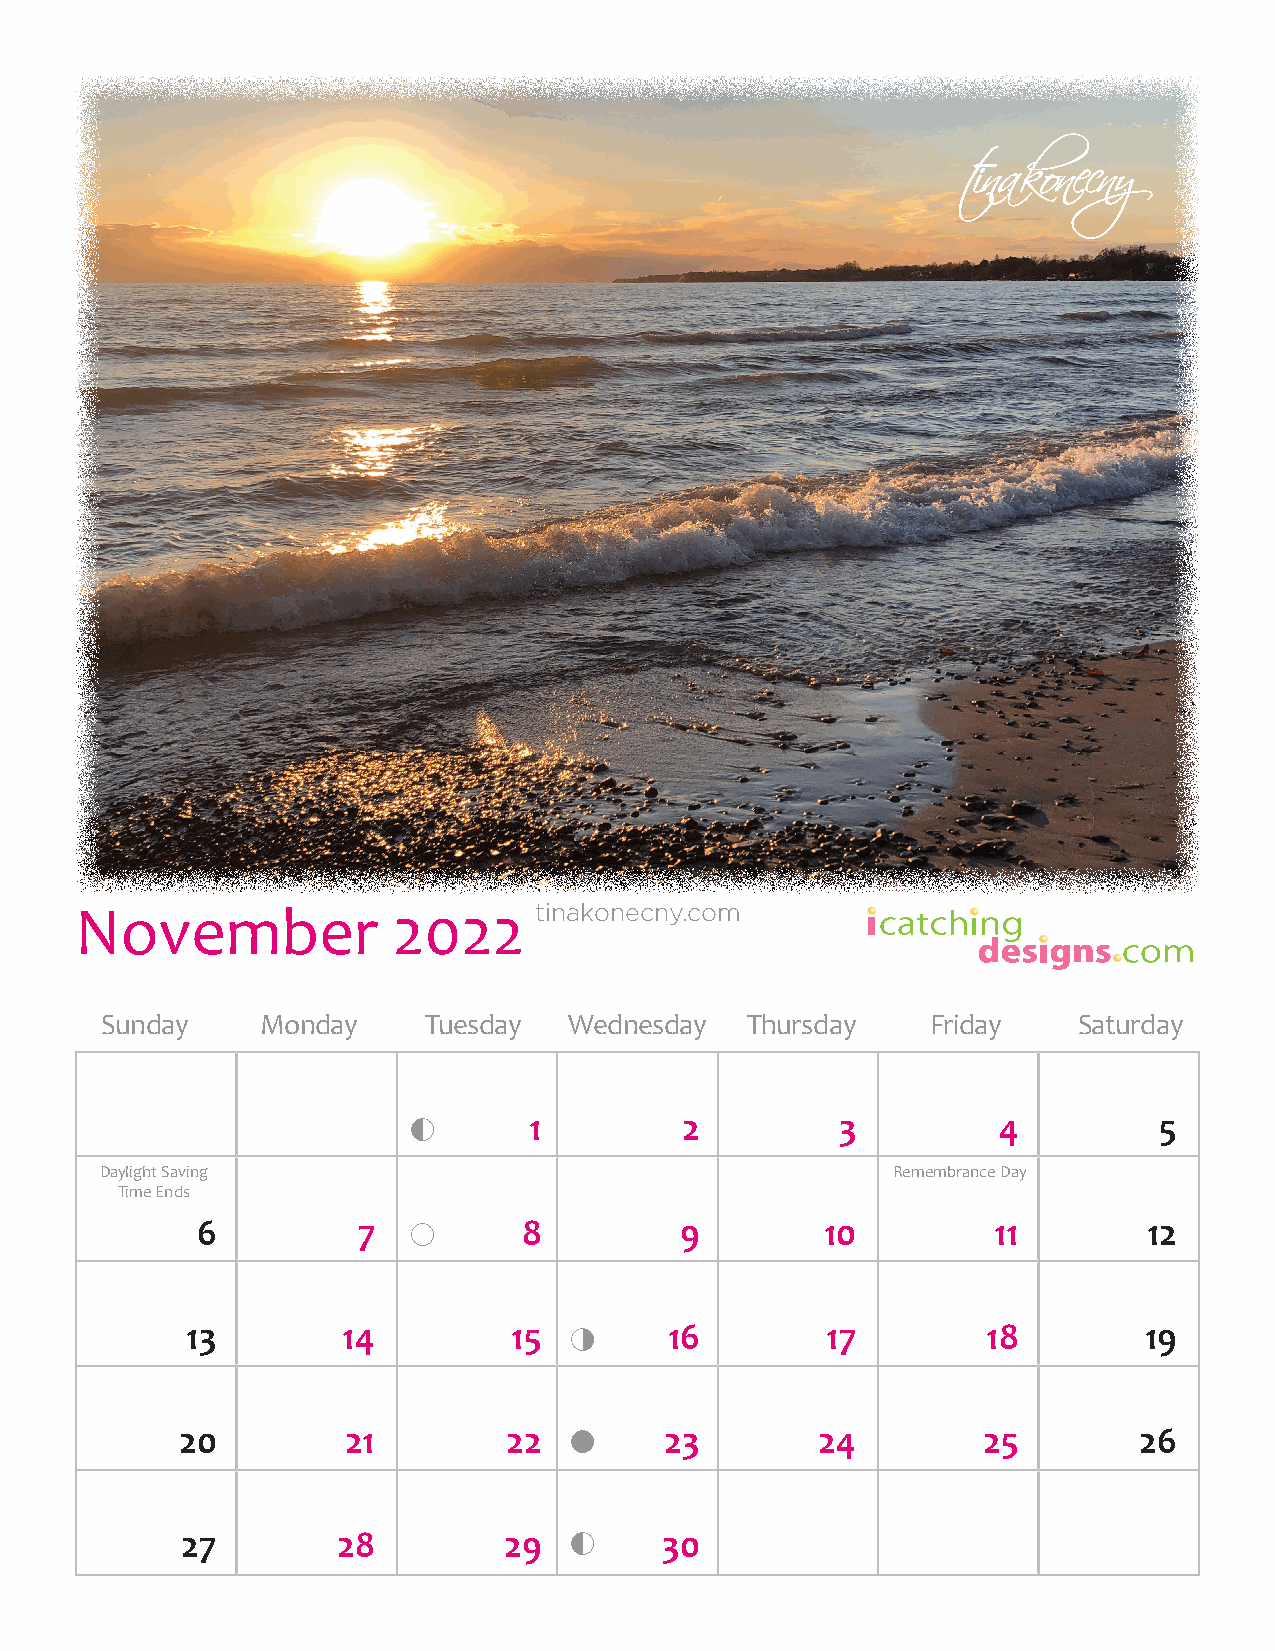
November             2022     tinakonecny.com
 Sunday    Monday     Tuesday   Wednesday  Thursday     Friday   Saturday
        1         2          3         4          5
 Daylight Saving                                     Remembrance Day
 Time Ends
 6          7         8         9         10         11        12
 13         14         15       16         17        18         19
 20         21        22        23        24         25        26
 27        28         29        30